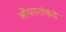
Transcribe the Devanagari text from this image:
ओंकारांकडे